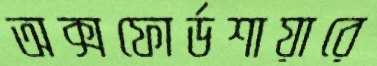
অক্সফোর্ডশায়ারে